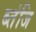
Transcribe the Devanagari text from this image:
ब्तंजि